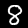
Digit: 8